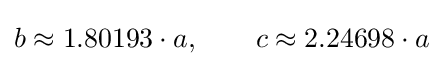
b\approx 1.80193\cdot a,\qquad c\approx 2.24698\cdot a